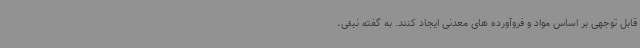
قابل توجهی بر اساس مواد و فروآورده های معدنی ایجاد کنند. به گفته نبئی،